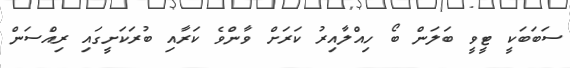
ސަބަބަކީ ޓީވީ ބަލަން ބޯ ހިއްލާއިރު ކަރަށް ވާންވެ ކަރާއި ބުރަކަށީގައި ރިއްސަން